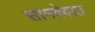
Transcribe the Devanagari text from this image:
सामवेदात